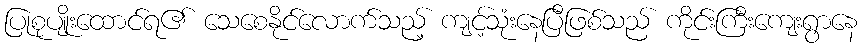
ပြုစုပျိုးထောင်ရ၏ သေစေနိုင်လောက်သည့် ကျင့်သုံးနေပြီဖြစ်သည် ကိုင်းကြီးကျေးရွာနေ